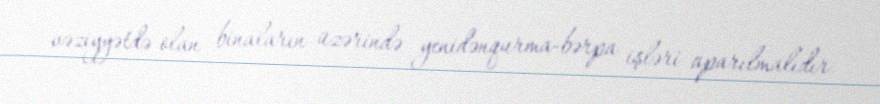
vəziyyətdə olan binaların üzərində yenidənqurma-bərpa işləri aparılmalıdır.